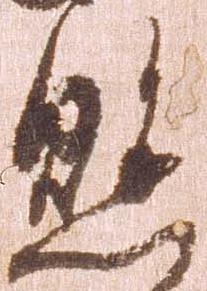
懸